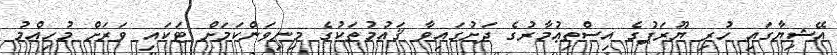
އޭޝިޔާގައި ހުރި ޔޫރަޕުގެ އިސްތިޢުމާރުގެ ދަށުގައިވާ ޤައުމުތަކުގެ މިނިވަންކަމަށް ޓަކައި ވަރަށް މުހިއްމު